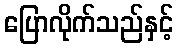
ပြောလိုက်သည်နှင့်